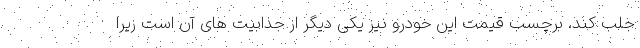
جلب کند. برچسب قیمت این خودرو نیز یکی دیگر از جذابیت های آن است زیرا